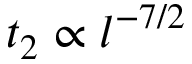
t _ { 2 } \propto l ^ { - 7 / 2 }